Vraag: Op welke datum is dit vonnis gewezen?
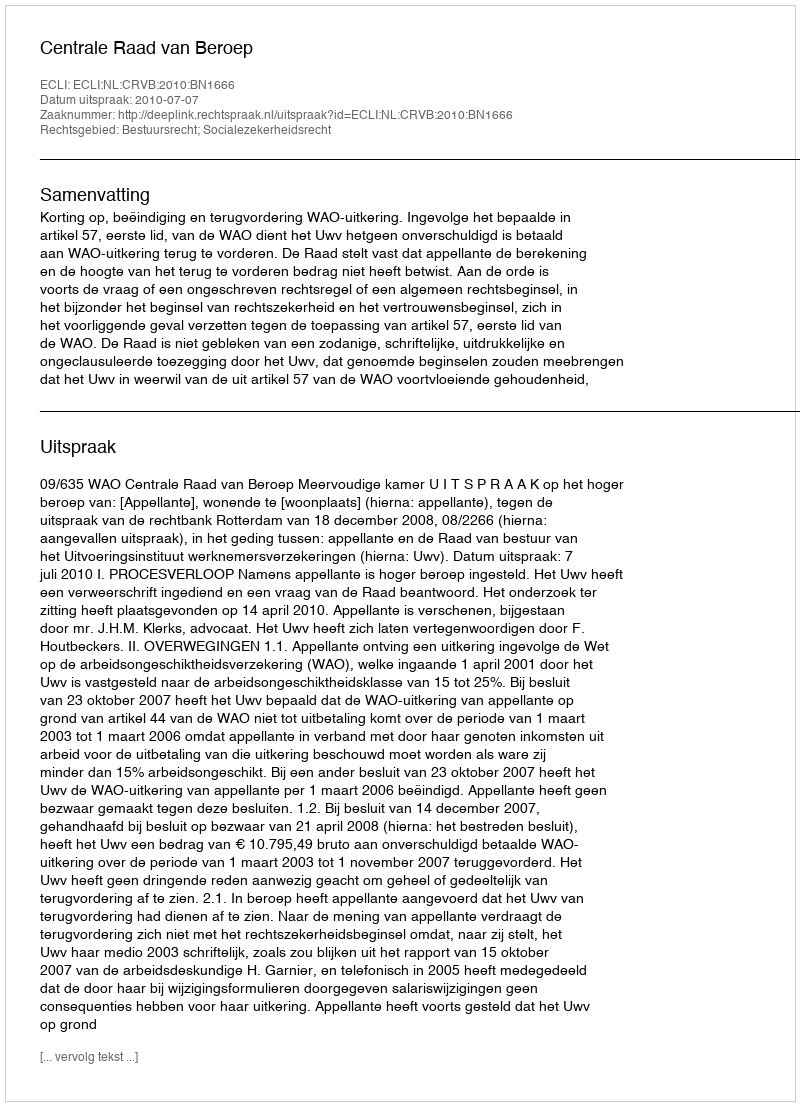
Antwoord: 2010-07-07